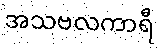
အသဗလကာရီ